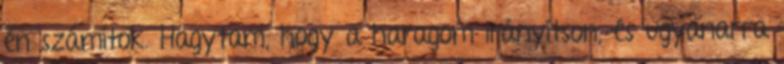
én számítok. Hagytam, hogy a haragom irányítson, és ugyanarra